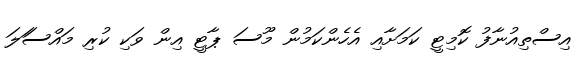
އިސްތިއުނާފު ކޮމިޓީ ކަމަށާއި އެހެންކަމުން މޫސަ ޕާޓީ އިން ވަކި ކުރި މައްސަަލަ